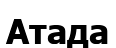
Атада